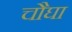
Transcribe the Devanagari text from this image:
चौघा